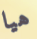
هيا